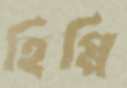
হিপ্পি